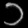
Digit: ၁